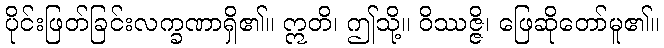
ပိုင်းဖြတ်ခြင်းလက္ခဏာရှိ၏။ ဣတိ၊ ဤသို့။ ဝိဿဇ္ဇိ၊ ဖြေဆိုတော်မူ၏။